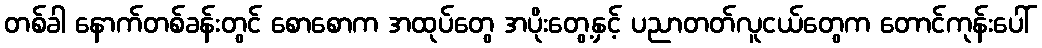
တစ်ခါ နောက်တစ်ခန်းတွင် စောစောက အထုပ်တွေ အပိုးတွေ့နှင့် ပညာတတ်လူငယ်တွေက တောင်ကုန်းပေါ်